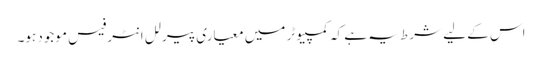
اس کے لیے شرط یہ ہے کہ کمپیوٹر میں معیاری پیرلل انٹرفیس موجود ہو۔